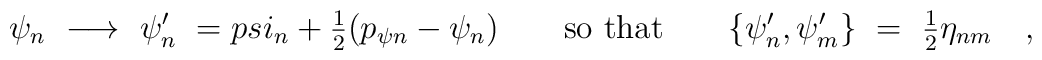
\psi_n\ \longrightarrow\ \psi'_n\ =\\psi_n+{\textstyle{\frac 12}} (p_{\psi n}-\psi_n) \qquad{\rm so\ that}\qquad\{\psi'_n,\psi'_m\}\ =\ {\textstyle{\frac 12}}\eta_{nm} \quad,